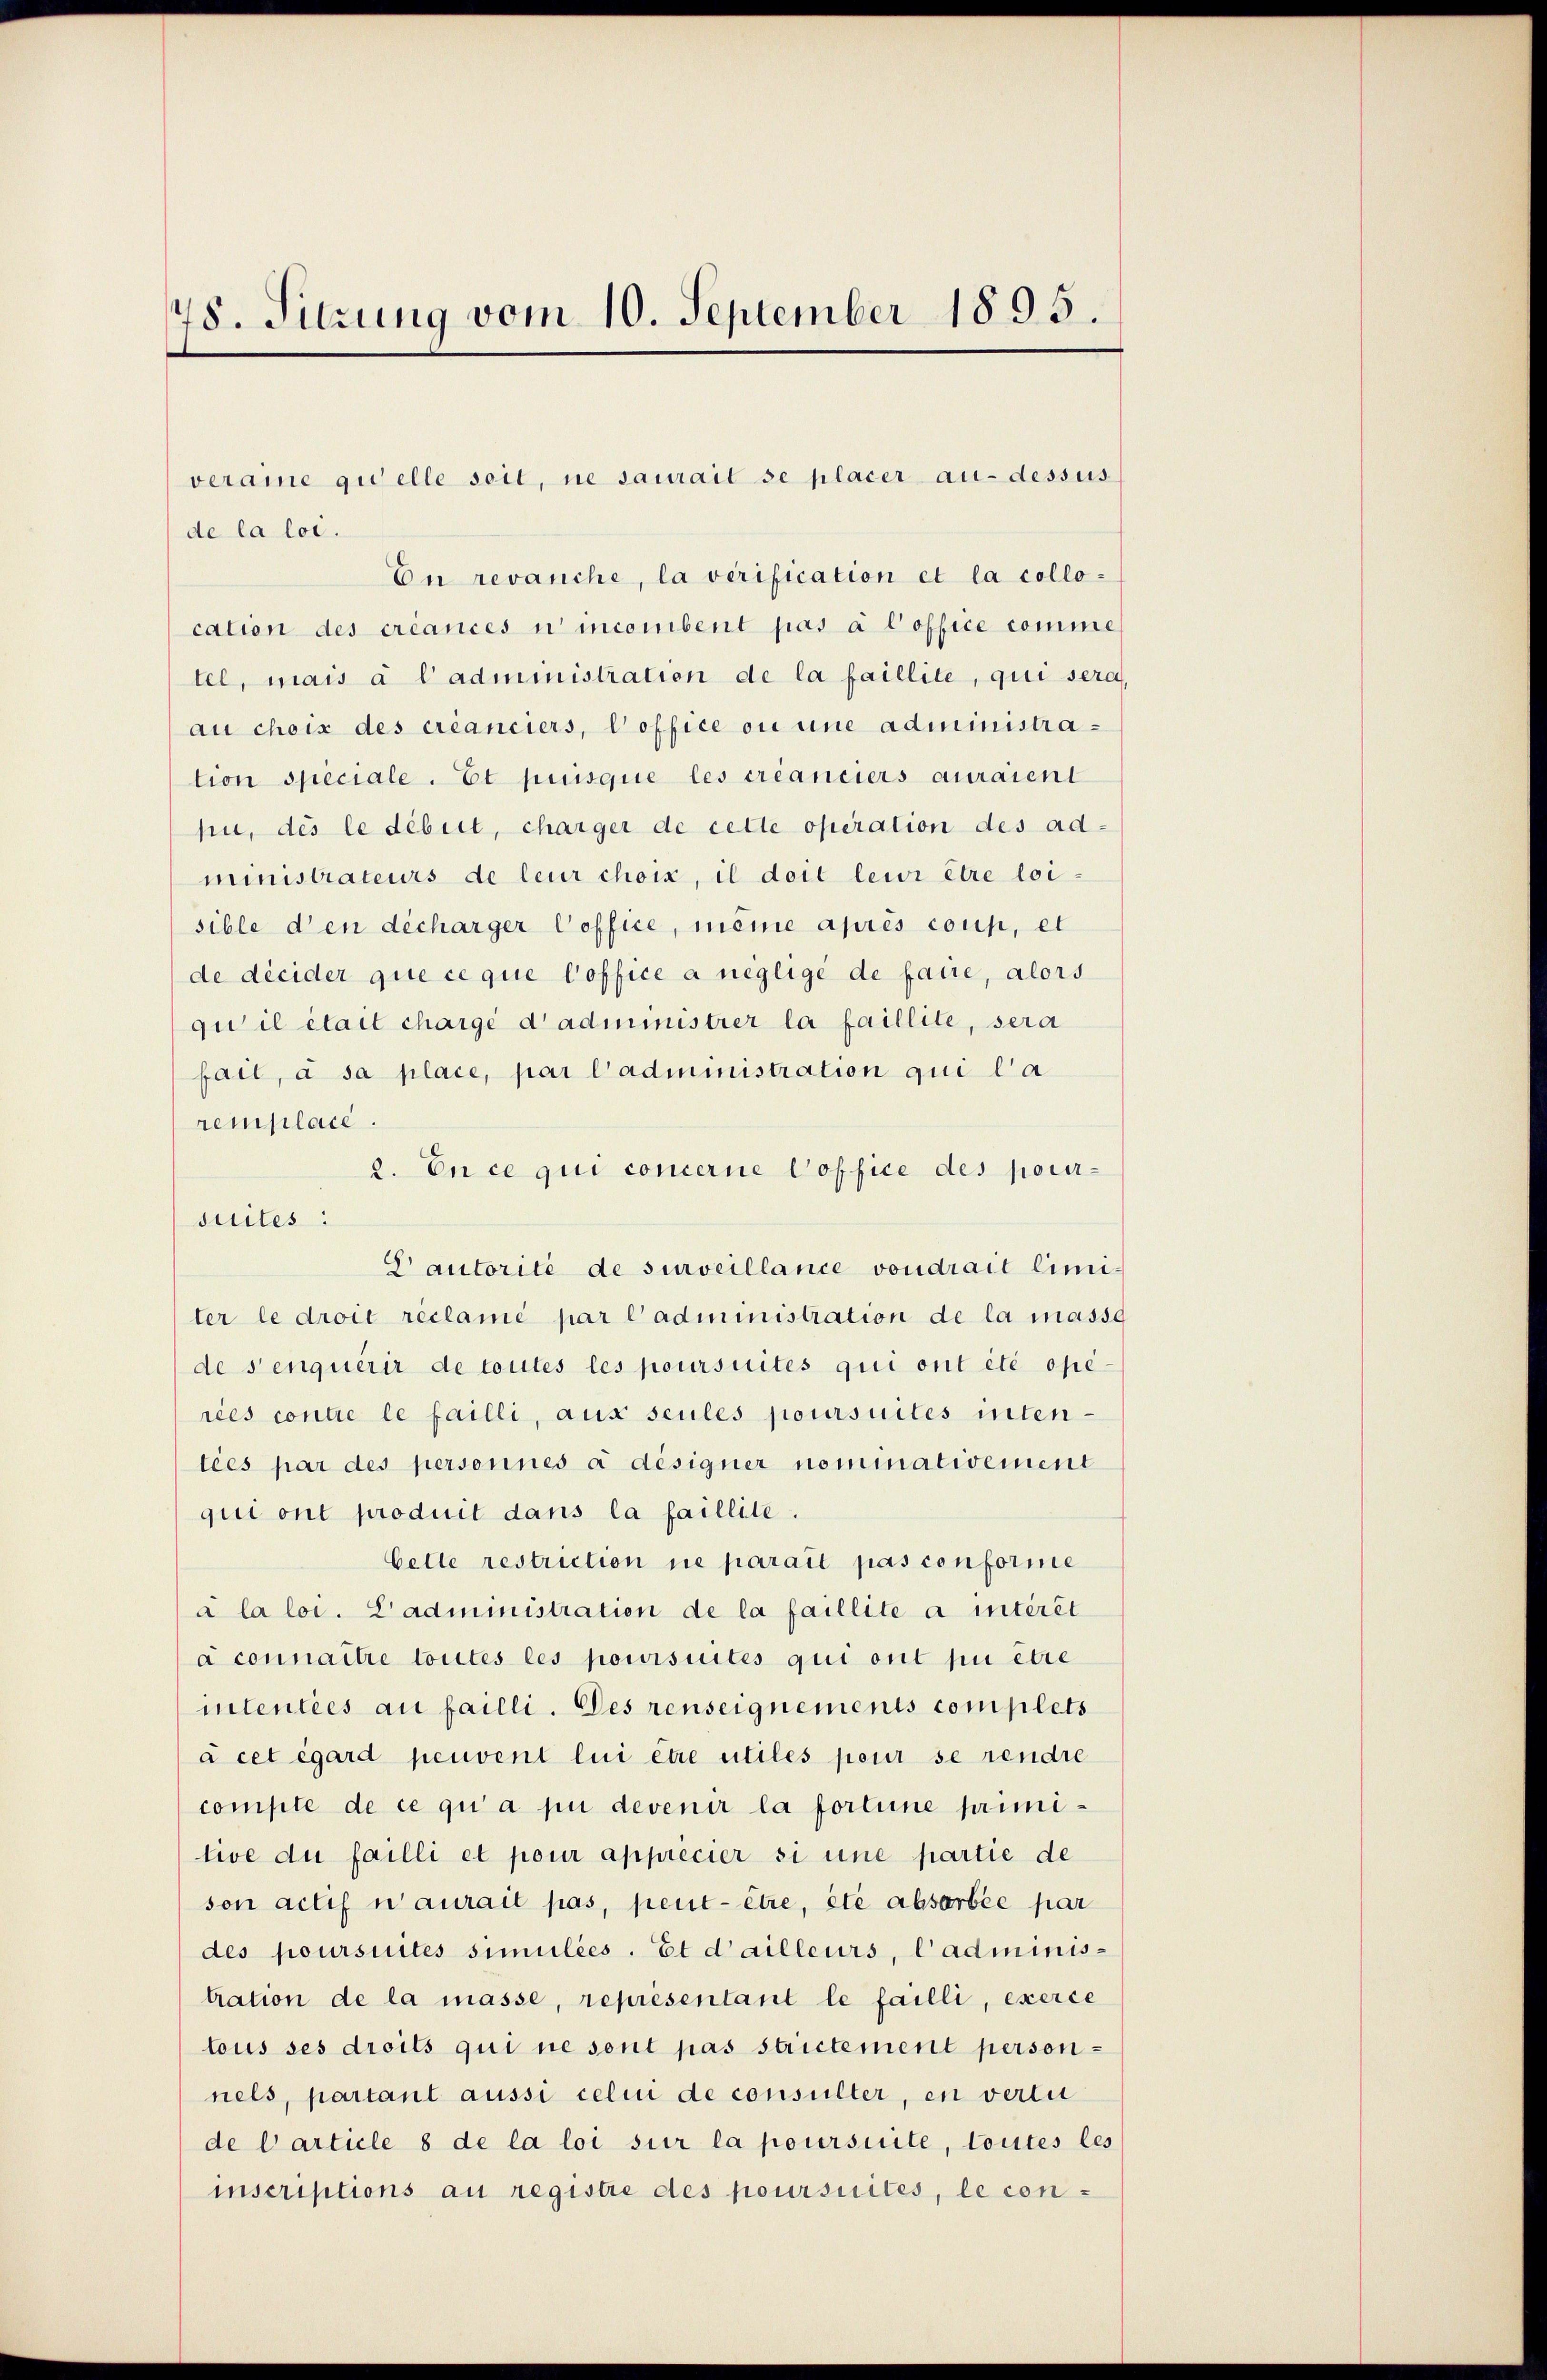
48. Sitzung vom 10. September 1895.

de la loi.
En revanche, la verification et la collocation des créances u incombent pas à l’office comme
tel, mais à l’administration de la faillite, qui sera,
au choix des créanciers, Poffice ou eine administration speciale. Et puisque les créanciers auraient
hn, des le débit, charger de celle operation des ad-
ministrateurs de leur choix, il doit leur être loi-
sible den décharger Coffice, meine après coup, et
de décider que ce que loffice à neglige de faire, alors
quil était chargé d’administrer la faillite, sera
fait, à sa place, par l’administration qui l’a
remplace.
2. En ce qui concerne Coffice des pour-
suites:
S autorité de surveillance voudrait limiter le droit reclamé par l’administration de la massg
de senquérir de toutes les poursuités qui ont été opé-
ries contre le failli, aus seules poursuites inten-
tées par des personnes à désigner nominativement
qui ont produit dans la faillite.
bette restriction ne parait pas conforme
à la loi. L’administration de la faillite à intérêt
à connaître toutes les poursuites qui ont pu être
intentées au failli. Des renseignements complets
à cet égard peuvent lui être utiles pour se rendre
compte de ce qui a pu devenir la fortune primitive du failli et pour apprécier si une partie de
son actif n’aurait pas, peut être, été absorbée par
des poursuites simulies. Et d’ailleurs, l’administration de la masse, representant le failli, exerce
tous ses droits qui ne sont pas strictement personnels, partant aussi celin de consulter, en vertu
de Carticle 8 de la loi sur la poursuite, toutes les
inscriptions au registre des poursuites, le con-

veraine quelle soit, ne saurait se placer au-dessus